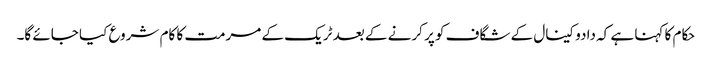
حکام کا کہنا ہے کہ دادو کینال کے شگاف کو پر کرنے کے بعد ٹریک کے مرمت کا کام شروع کیا جائے گا۔